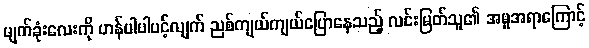
မျက်ခုံးလေးကို ဟန်ပါပါပင့်လျက် ညစ်ကျယ်ကျယ်ပြောနေသည့် လင်းမြတ်သူ၏ အမူအရာကြောင့်